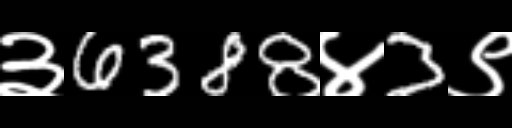
Text: ३6388४3९